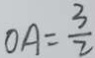
O A = \frac { 3 } { 2 }